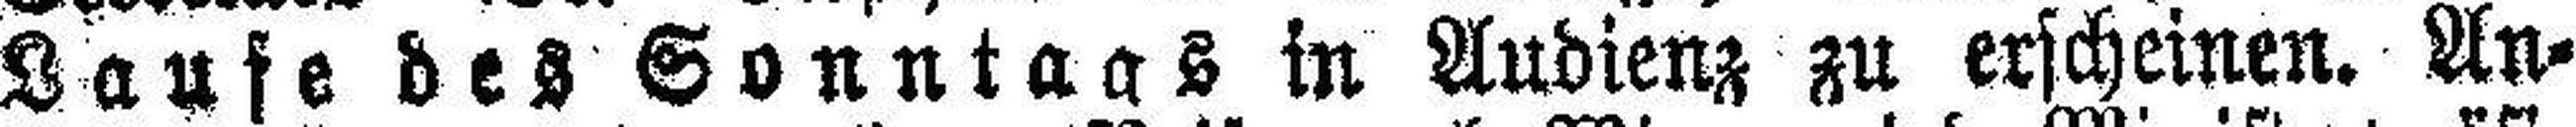
Laufe des Sonntags in Audienz zu erscheinen. An¬